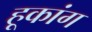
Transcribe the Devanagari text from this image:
हूकांग